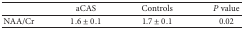
<table><thead><tr><td><b> </b></td><td><b>aCAS</b></td><td><b>Controls</b></td><td><b><i>P</i> value</b></td></tr></thead><tbody><tr><td>NAA/Cr</td><td>1.6 ± 0.1</td><td>1.7 ± 0.1</td><td>0.02</td></tr></tbody></table>